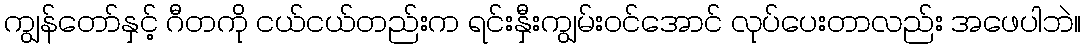
ကျွန်တော်နှင့် ဂီတကို ငယ်ငယ်တည်းက ရင်းနှီးကျွမ်းဝင်အောင် လုပ်ပေးတာလည်း အဖေပါဘဲ။